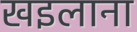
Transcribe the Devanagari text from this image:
खइलाना